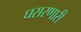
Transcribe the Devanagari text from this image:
घसरणारी